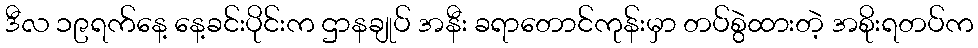
ဒီလ ၁၉ရက်နေ့ နေ့ခင်းပိုင်းက ဌာနချုပ် အနီး ခရာတောင်ကုန်းမှာ တပ်စွဲထားတဲ့ အစိုးရတပ်က